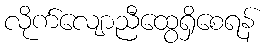
လိုက်လျောညီထွေရှိစေရန်